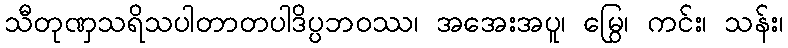
သီတုဏှသရိသပါတာတပါဒိပ္ပဘဝဿ၊ အအေးအပူ၊ မြွေ၊ ကင်း၊ သန်း၊